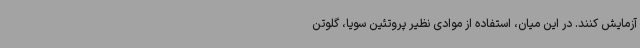
آزمایش کنند. در این میان، استفاده از موادی نظیر پروتئین سویا، گلوتن